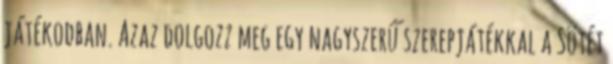
játékodban. Azaz dolgozz meg egy nagyszerű szerepjátékkal a Sötét